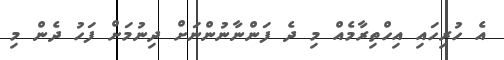
އެ ހުރިހައި އިހްތިރާމެއް މި ދެ ފަންނާނުންނަށް ދިނުމަށް ފަހު ދެން މި